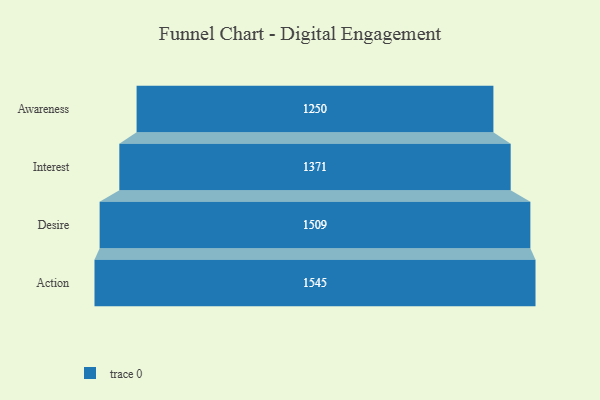
{"axis": {"x": "Stage", "y": "Value"}, "legend": [""], "data": [{"x": "Awareness", "y": 1250.0, "type": ""}, {"x": "Interest", "y": 1371.0, "type": ""}, {"x": "Desire", "y": 1509.0, "type": ""}, {"x": "Action", "y": 1545.0, "type": ""}]}